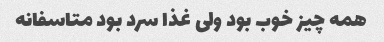
همه چیز خوب بود ولی غذا سرد بود متاسفانه